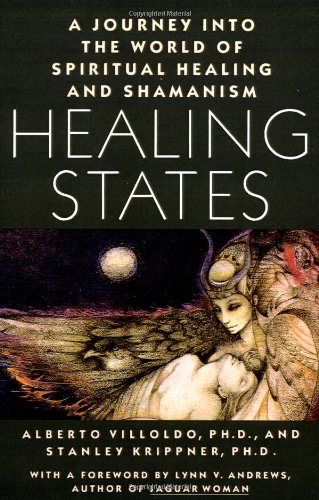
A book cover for Healing States: A Journey Into the World of Spiritual Healing and Shamanism; Alberto Villoldo; Religion & Spirituality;